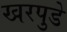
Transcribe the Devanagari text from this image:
खरपुडे